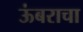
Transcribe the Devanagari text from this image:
ऊंबराचा